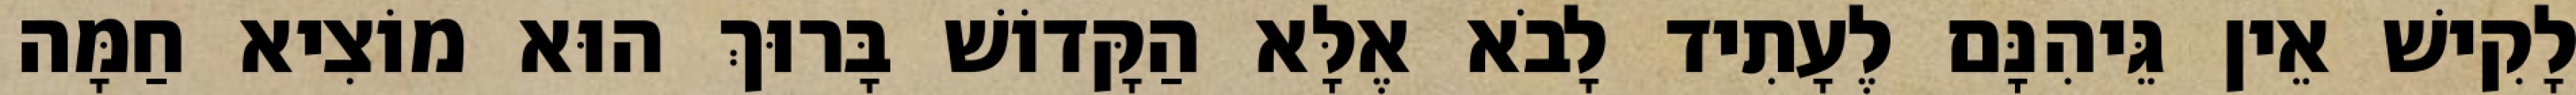
לָקִישׁ אֵין גֵּיהִנָּם לֶעָתִיד לָבֹא אֶלָּא הַקָּדוֹשׁ בָּרוּךְ הוּא מוֹצִיא חַמָּה